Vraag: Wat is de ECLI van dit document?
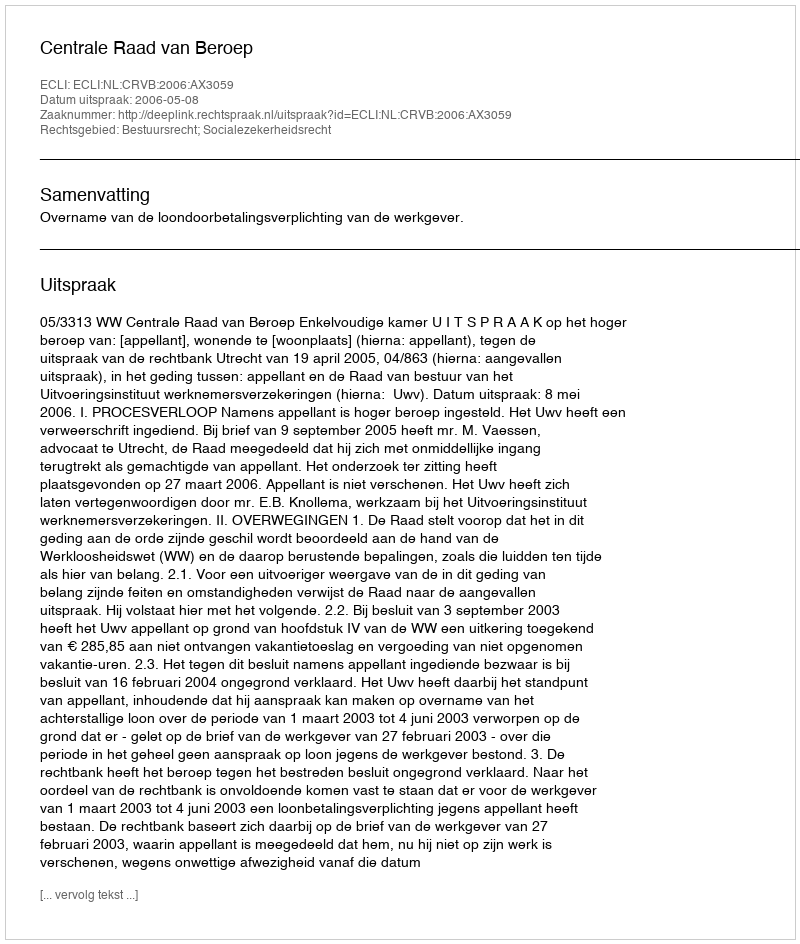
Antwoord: ECLI:NL:CRVB:2006:AX3059